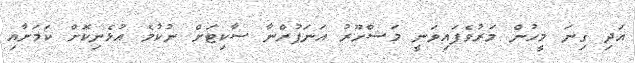
އަދި ގިނަ މީހުން މަރުވެފައިވަނީ މަޝްހޫރު އަނަޕުރްނާ ސާކިޓަށް ނުކުމެ އުޅެނިކޮށް ކަމަށާއި